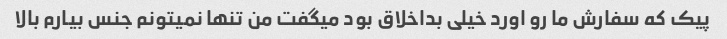
پیک که سفارش ما رو اورد خیلی بداخلاق بود میگفت من تنها نمیتونم جنس بیارم بالا